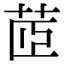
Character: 茝